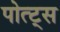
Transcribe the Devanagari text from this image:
पोत्ट्स